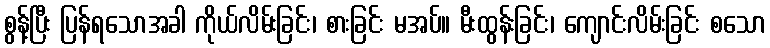
စွန့်ပြီး ပြန်ရသောအခါ ကိုယ်လိမ်းခြင်း၊ စားခြင်း မအပ်။ မီးထွန်းခြင်း၊ ကျောင်းလိမ်းခြင်း စသော